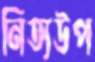
নিত্যউপ